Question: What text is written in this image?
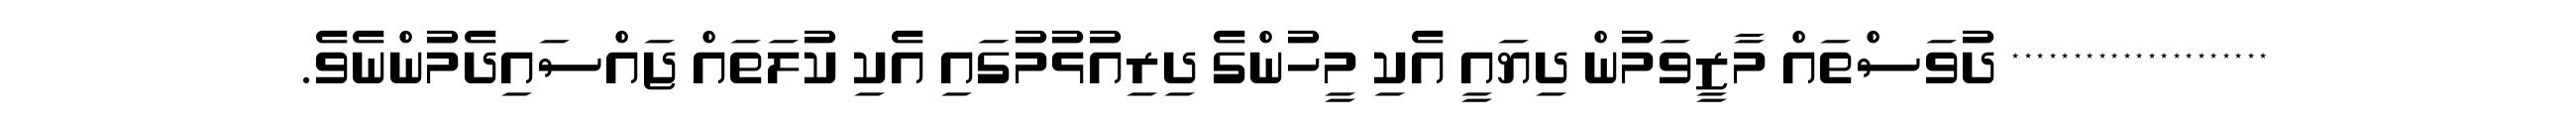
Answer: ********************* ދުވަސްތައް މާޒީވަމުން ދިޔައީ އެކި މީހުންގެ ދިރިއުޅުމުގައި އެކި ކުލަތައް ޖައްސައިދެމުންނެވެ.